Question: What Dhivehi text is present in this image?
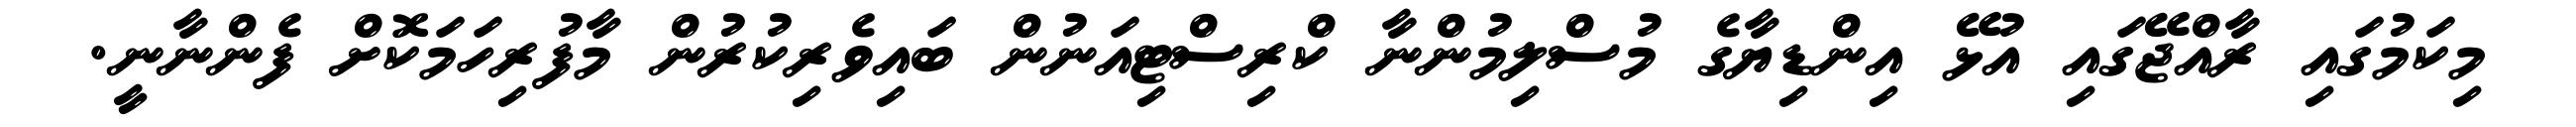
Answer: މިކަމުގައި ރާއްޖޭގައި އުޅޭ އިންޑިޔާގެ މުސްލިމުންނާ ކްރިސްޓިއަނުން ބައިވެރިކުރުން މާފުރިހަމަކޮށް ފެންނާނީ.